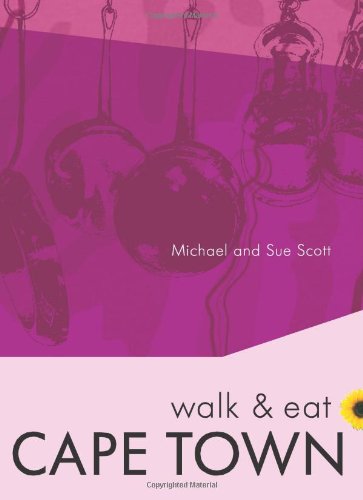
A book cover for Capetown Walk & Eat Series (Walk and Eat); Sunflower Books; Travel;